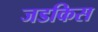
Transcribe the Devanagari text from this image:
जडकिस